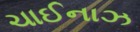
ચાઈનાઝ